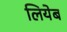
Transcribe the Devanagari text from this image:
लियेब